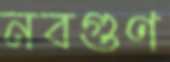
নবগুণ